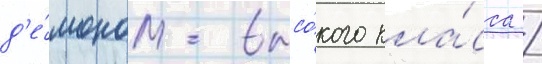
д'е́моном высо́кого кла́сса /